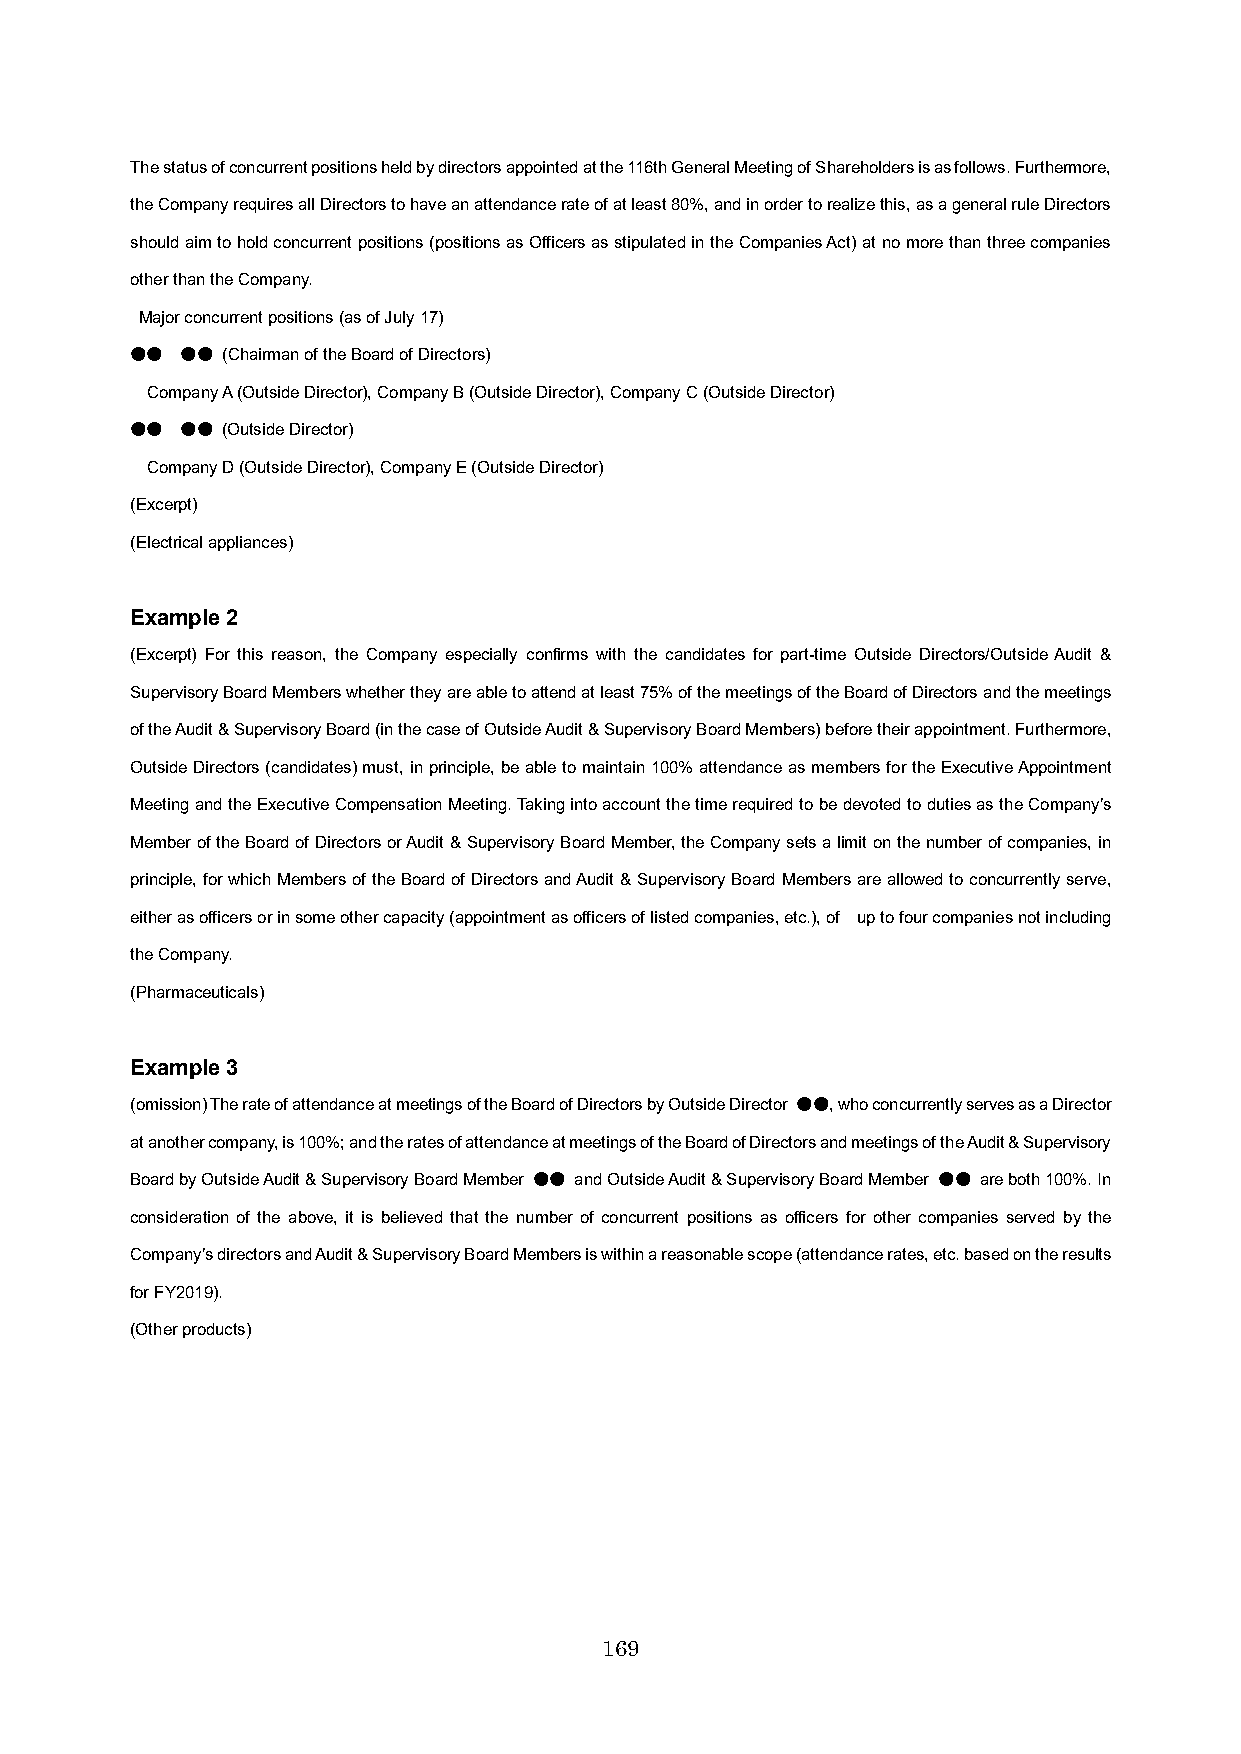
The status of concurrent positions held by directors appointed at the 116th General Meeting of Shareholders is as follows. Furthermore,
 the Company requires all Directors to have an attendance rate of at least 80%, and in order to realize this, as a general rule Directors
 should aim to hold concurrent positions (positions as Officers as stipulated in the Companies Act) at no more than three companies
 other than the Company.
 Major concurrent positions (as of July 17)
 ●● ●● (Chairman of the Board of Directors)
 Company A (Outside Director), Company B (Outside Director), Company C (Outside Director)
 ●● ●● (Outside Director)
 Company D (Outside Director), Company E (Outside Director)
 (Excerpt)
 (Electrical appliances)
 Example 2
 (Excerpt) For this reason, the Company especially confirms with the candidates for part-time Outside Directors/Outside Audit &
 Supervisory Board Members whether they are able to attend at least 75% of the meetings of the Board of Directors and the meetings
 of the Audit & Supervisory Board (in the case of Outside Audit & Supervisory Board Members) before their appointment. Furthermore,
 Outside Directors (candidates) must, in principle, be able to maintain 100% attendance as members for the Executive Appointment
 Meeting and the Executive Compensation Meeting. Taking into account the time required to be devoted to duties as the Company’s
 Member of the Board of Directors or Audit & Supervisory Board Member, the Company sets a limit on the number of companies, in
 principle, for which Members of the Board of Directors and Audit & Supervisory Board Members are allowed to concurrently serve,
 either as officers or in some other capacity (appointment as officers of listed companies, etc.), of up to four companies not including
 the Company.
 (Pharmaceuticals)
 Example 3
 (omission) The rate of attendance at meetings of the Board of Directors by Outside Director ●●, who concurrently serves as a Director
 at another company,is 100%; and the rates of attendance at meetings of the Board of Directors and meetings of the Audit & Supervisory
 Board by Outside Audit & Supervisory Board Member ●● and Outside Audit & Supervisory Board Member ●● are both 100%. In
 consideration of the above, it is believed that the number of concurrent positions as officers for other companies served by the
 Company’s directors and Audit & Supervisory Board Members is within a reasonable scope (attendance rates, etc. based on the results
 for FY2019).
 (Other products)
 169